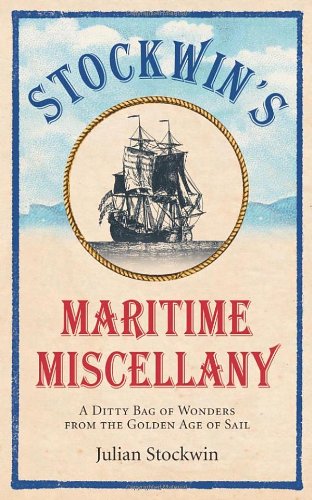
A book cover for Stockwin's Maritime Miscellany: A Ditty Bag of Wonders from the Golden Age of Sail; Julian Stockwin; History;